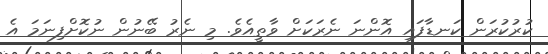
ކުރުކުރަން ކަނޑާފައި އޮންނަ ނެރަކަށް ވާތީއެވެ. މި ނެރު ބޭނުން ނުކޮށްފިނަމަ އެ